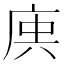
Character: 𢈮